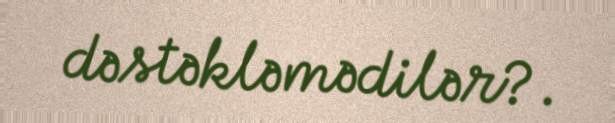
dəstəkləmədilər?.